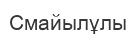
Смайылұлы